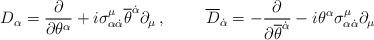
LaTeX: \begin{align*}D_{\alpha}=\frac{\partial}{\partial\theta^{\alpha}}+i\sigma^{\mu}_{\alpha{\dot\alpha}}{\overline\theta}^{\dot\alpha}\partial_{\mu}\, , \hspace{1cm} {\overline D}_{\dot\alpha}= -\frac{\partial}{\partial{\overline\theta}^{\dot\alpha}}-i\theta^{\alpha}\sigma^{\mu}_{\alpha{\dot\alpha}}\partial_{\mu}\end{align*}